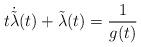
LaTeX: \begin{align*}t \dot{\tilde{\lambda}}(t) +\tilde{\lambda}(t) =\frac{1}{g(t)}\end{align*}